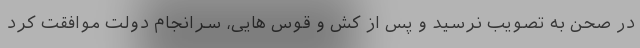
در صحن به تصویب نرسید و پس از کش و قوس هایی، سرانجام دولت موافقت کرد